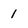
Character: 1